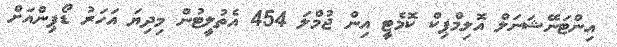
އިންޓަނޭޝަނަލް އޮލިމްޕިކް ކޮމެޓީ އިން ޖުމްލަ 454 އެތުލީޓުން މިދިޔަ އަހަރު ޑޯޕިންއަށް